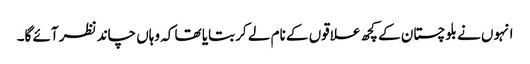
انہوں نے بلوچستان کے کچھ علاقوں کے نام لے کر بتایا تھا کہ وہاں چاند نظر آئے گا۔